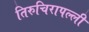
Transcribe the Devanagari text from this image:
तिरुचिरापल्‍ली